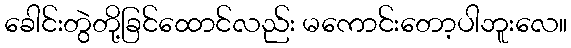
ခေါင်းတွဲတို့ခြင်ထောင်လည်း မကောင်းတော့ပါဘူးလေ။